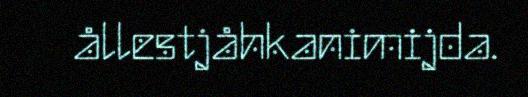
ållestjåhkanimijda.